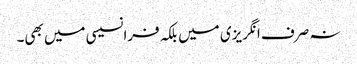
نہ صرف انگریزی میں بلکہ فرانسیسی میں بھی۔